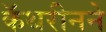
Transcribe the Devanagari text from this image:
कॅथरीनने